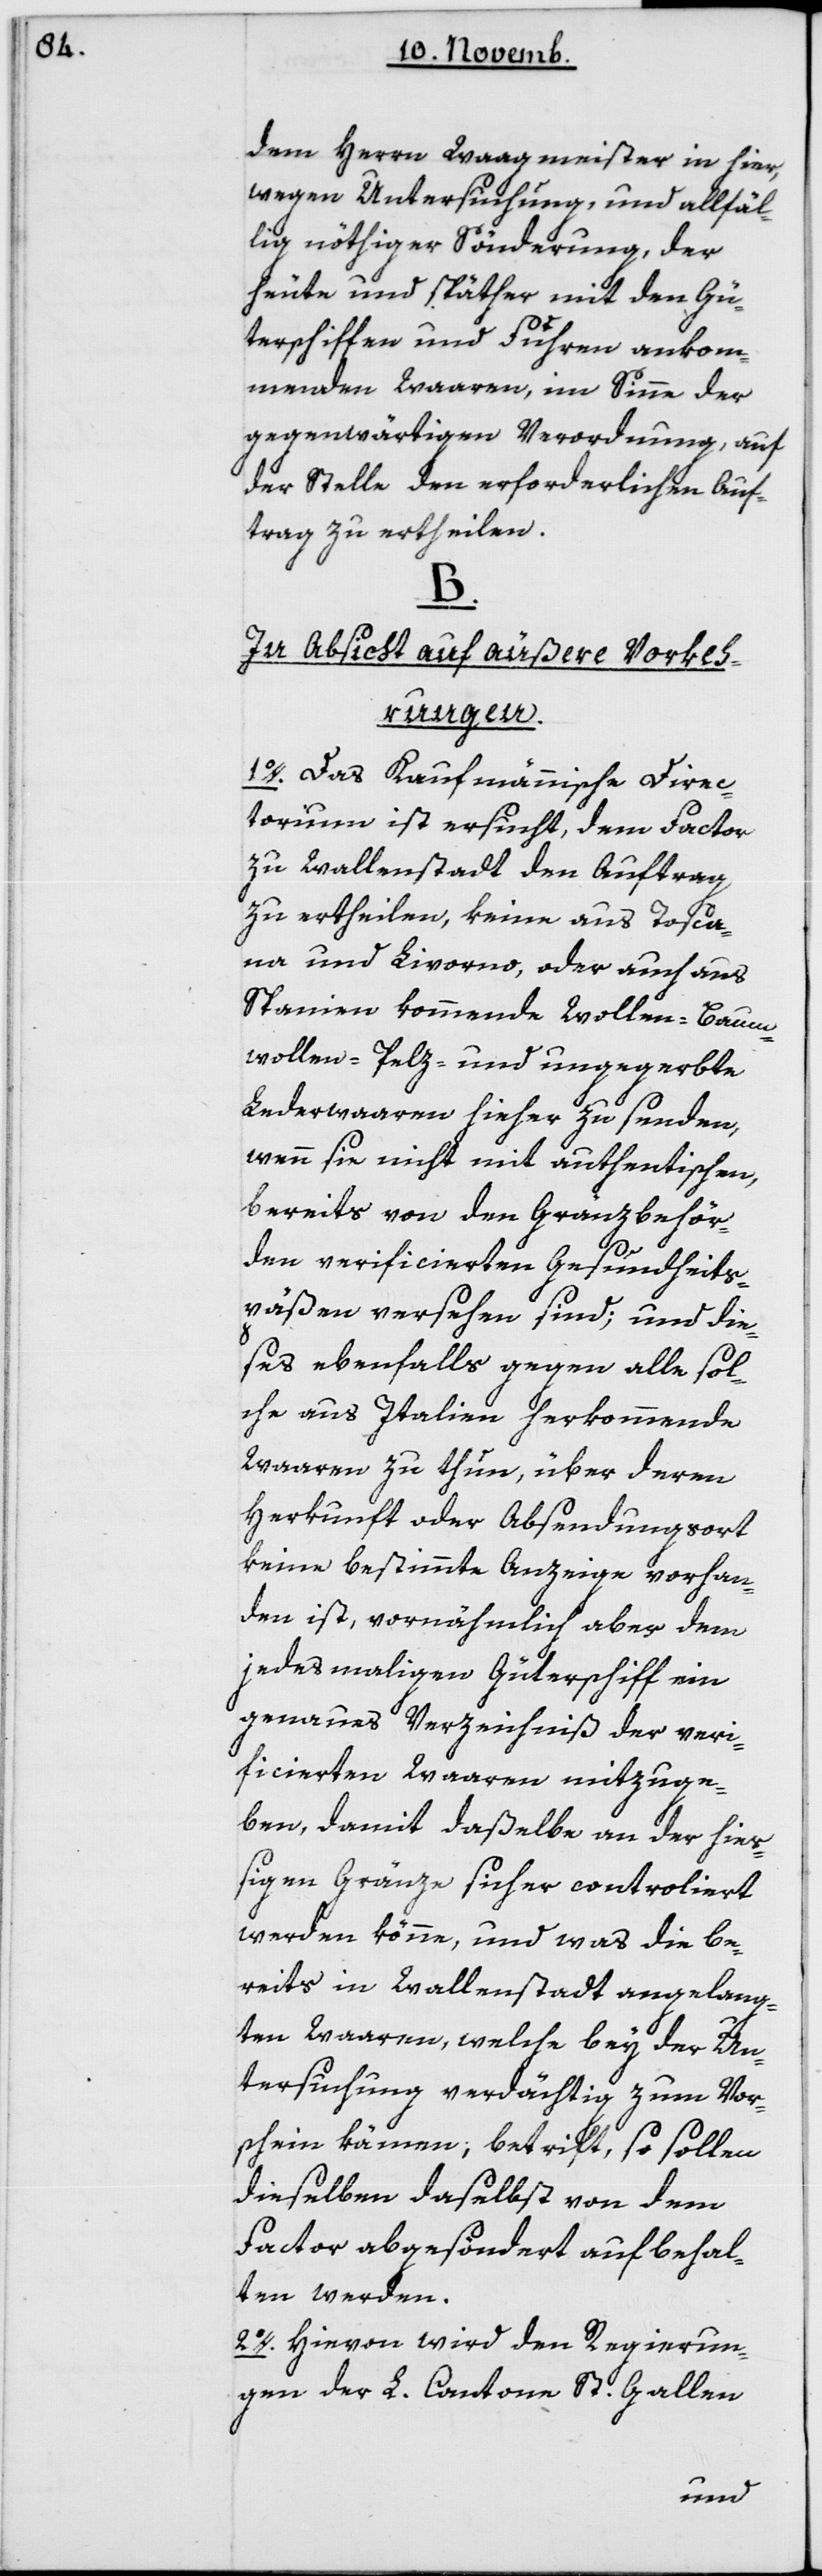
dem Herrn Waagmeister in hier,
wegen Untersuchung und allfäl¬
lig nöthiger Sönderung, der
heute und späther mit den Gü¬
terschiffen und Fuhren ankom¬
menden Waaren, im Sinne der
gegenwärtigen Verordnung, auf
der Stelle den erforderlichen Auf¬
trag zu ertheilen.
In Absicht auf äußere Vorkeh¬
rungen.
1. Das Kaufmännische Direc¬
torium ist ersucht, dem Factor
zu Wallenstadt den Auftrag
zu ertheilen, keine aus Tosca¬
na und Livorno, oder auch aus
Spanien kommende Wollen-, Baum¬
wollen-, Pelz- und ungegerbte
Lederwaaren hieher zu senden,
wenn sie nicht mit authentischen,
bereits von den Gränzbehör¬
den verificierten Gesundheits¬
päßen versehen sind; und die¬
ses ebenfalls gegen alle sol¬
che aus Italien herkommende
Waaren zu thun, über deren
Herkunft oder Absendungsort
keine bestimmte Anzeige vorhan¬
den ist, vornähmlich aber dem
jedesmaligen Güterschiff ein
genaues Verzeichniß der veri¬
ficierten Waaren mitzuge¬
ben, damit daßelbe an der hieß¬
igen Gränze sicher controlliert
werden könne, und was die be¬
reits in Wallenstadt angelang¬
ten Waaren, welche bey der Un¬
tersuchung verdächtig zum Vor¬
schein kämen, betrifft, so sollen
dieselben daselbst von dem
Factor abgesöndert aufbehal¬
ten werden.
2. Hievon wird den Regierun¬
gen der L. Cantone St. Gallen